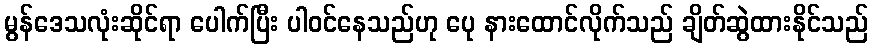
မွန်ဒေသလုံးဆိုင်ရာ ပေါက်ပြီး ပါဝင်နေသည်ဟု ပေု နားထောင်လိုက်သည် ချိတ်ဆွဲထားနိုင်သည်